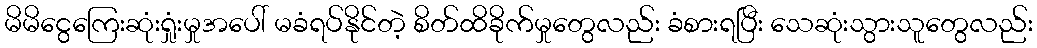
မိမိငွေကြေးဆုံးရှုံးမှုအပေါ် မခံရပ်နိုင်တဲ့ စိတ်ထိခိုက်မှုတွေလည်း ခံစားရပြီး သေဆုံးသွားသူတွေလည်း